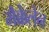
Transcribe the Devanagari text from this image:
मैक्केलेन